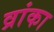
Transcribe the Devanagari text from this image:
व्रांका